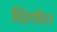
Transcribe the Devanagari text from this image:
पिलौदा